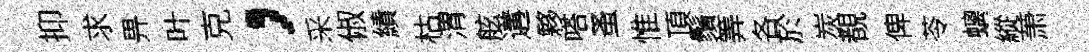
抑求畀叶克，采俶績枯渭舷遘夥嗒蚤惟頂鬚筭各於炭覩俾苓螭縱萧